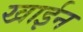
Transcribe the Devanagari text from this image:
खाईन